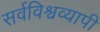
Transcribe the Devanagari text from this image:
सर्वविश्वव्यापी